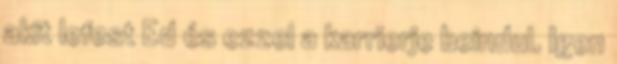
akit lefest Ed és ezzel a karrierje beindul. Igen